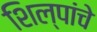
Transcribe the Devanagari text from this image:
शिल्पांचे